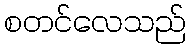
စတင်လေသည်